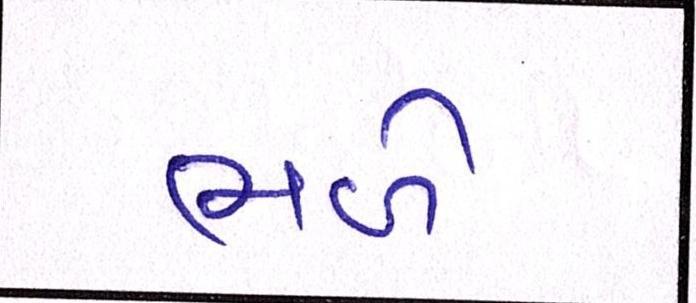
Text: ભળે